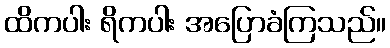
ထိကပါး ရိကပါး အပြောခံကြသည်။